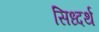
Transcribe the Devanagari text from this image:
सिध्दर्थ